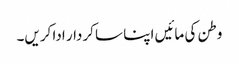
وطن کی مائیں اپنا سا کردار ادا کریں۔